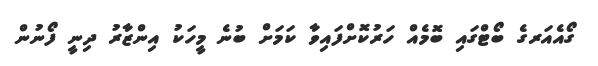
ގޯއެއަރގެ ބޯޓްގައި ބޮމެއް ހަރުކޮށްފައިވާ ކަމަށް ބުނެ މީހަކު އިންޒާރު ދިނީ ފޯނުން